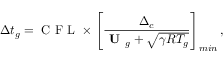
\Delta t _ { g } = \mathrm { ~ C ~ F ~ L ~ } \times \left[ \frac { \Delta _ { c } } { \textbf { U } _ { g } + \sqrt { \gamma R T _ { g } } } \right] _ { m i n } ,